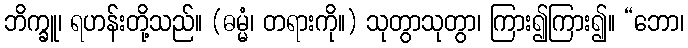
ဘိက္ခူ၊ ရဟန်းတို့သည်။ (ဓမ္မံ၊ တရားကို။) သုတွာသုတွာ၊ ကြား၍ကြား၍။ “ဘော၊